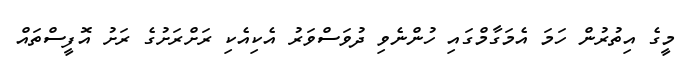
މީގެ އިތުރުން ހަމަ އެމަގާމްގައި ހުންނެވި ދުވަސްވަރު އެކިއެކި ރަށްރަށުގެ ރަށު އޮފީސްތައް